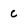
Character: c